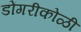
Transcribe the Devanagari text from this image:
डोंगरीकोळी